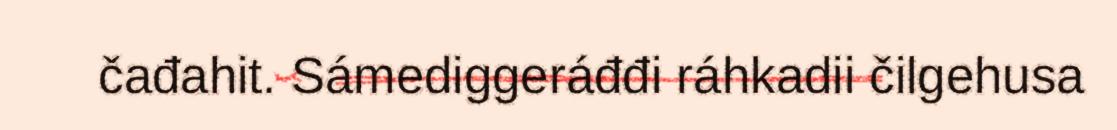
čađahit. Sámediggeráđđi ráhkadii čilgehusa